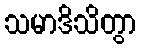
သမာဒိသိတွာ